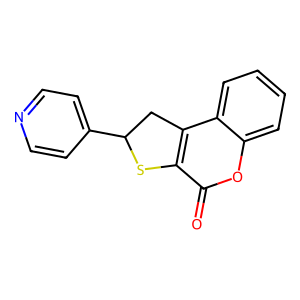
SMILES: O=c1oc2ccccc2c2c1SC(c1ccncc1)C2
Inhibits HIV replication: No